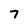
Character: 7